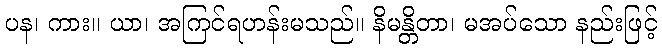
ပန၊ ကား။ ယာ၊ အကြင်ရဟန်းမသည်။ နိမန္တိတာ၊ မအပ်သော နည်းဖြင့်